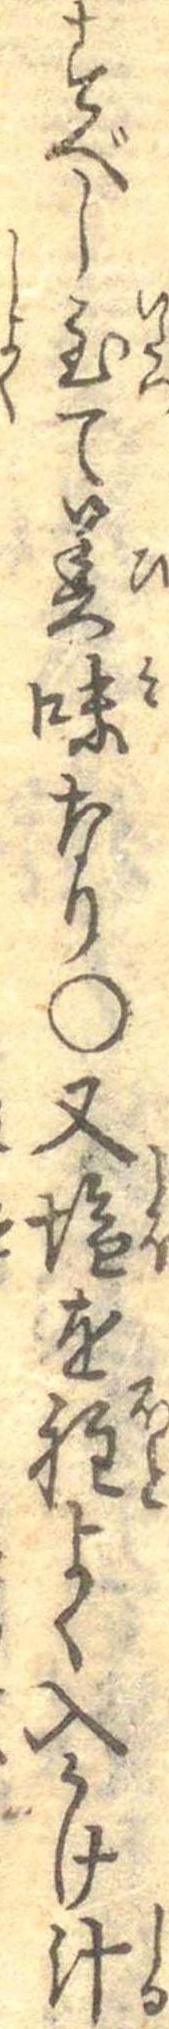
すべし至て美味なり○又塩を程よく入かけ汁